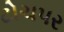
ટોચપર